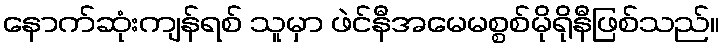
နောက်ဆုံးကျန်ရစ် သူမှာ ဖဲင်နီအမေမစ္စစ်မိုရိုနီဖြစ်သည်။